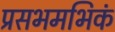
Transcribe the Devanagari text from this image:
प्रसभमभिकं